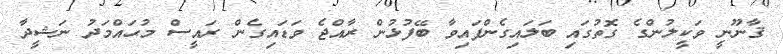
ޤާނޫނީ ވަކީލުންގެ ގޮތުގައި ބަލައިގެންފައިވާ ބޭފުޅުން ރާއްޖެ ވަޑައިގެން ރައީސް މުޙައްމަދު ނަޝީދާ